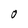
Character: 0